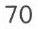
70